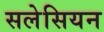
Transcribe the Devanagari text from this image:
सलेसियन